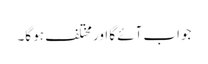
جواب آئے گا اور مختلف ہو گا۔